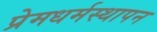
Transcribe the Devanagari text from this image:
प्रेमधर्मस्थापन